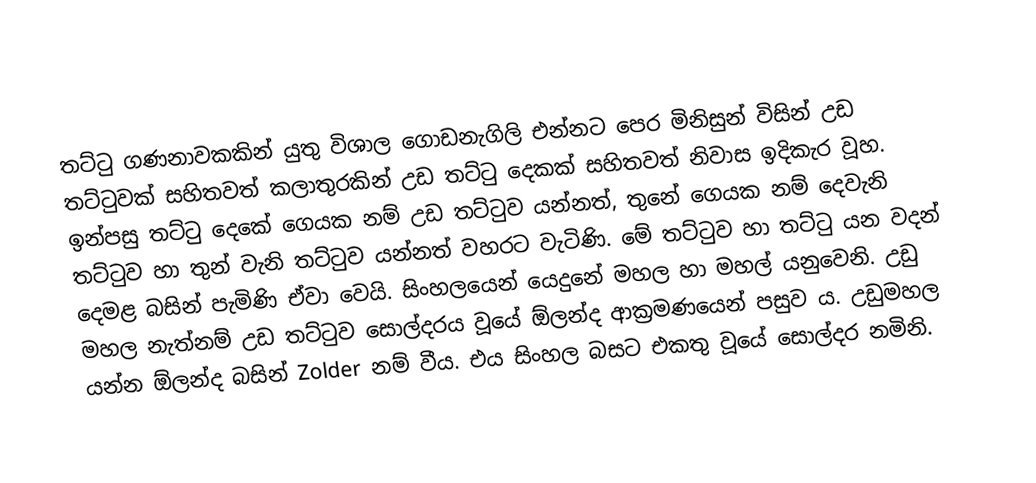
තට්ටු ගණනාවකකින් යුතු විශාල ගොඩනැගිලි එන්නට පෙර මිනිසුන් විසින් උඩ තට්ටුවක් සහිතවත් කලාතුරකින් උඩ තට්ටු දෙකක් සහිතවත් නිවාස ඉදිකැර වූහ. ඉන්පසු තට්ටු දෙකේ ගෙයක නම් උඩ තට්ටුව යන්නත්, තුනේ ගෙයක නම් දෙවැනි තට්ටුව හා තුන් වැනි තට්ටුව යන්නත් වහරට වැටිණි. මේ තට්ටුව හා තට්ටු යන වදන් දෙමළ බසින් පැමිණි ඒවා වෙයි. සිංහලයෙන් යෙදුනේ මහල හා මහල් යනුවෙනි. උඩු මහල නැත්නම් උඩ තට්ටුව සොල්දරය වූයේ ඕලන්ද ආක්‍රමණයෙන් පසුව ය. උඩුමහල යන්න ඕලන්ද බසින් Zolder නම් වීය. එය සිංහල බසට එකතු වූයේ සොල්දර නමිනි.